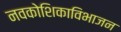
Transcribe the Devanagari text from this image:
नवकोशिकाविभाजन